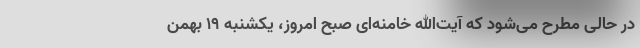
در حالی مطرح می‌شود که آیت‌الله خامنه‌ای صبح امروز، یکشنبه ۱۹ بهمن